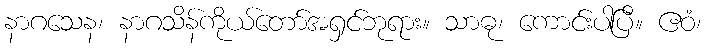
နာဂသေန၊ နာဂသိန်ကိုယ်တော်အရှင်ဘုရား။ သာဓု၊ ကောင်းပါပြီ။ ဧဝံ၊